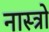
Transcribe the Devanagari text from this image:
नास्त्रो